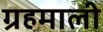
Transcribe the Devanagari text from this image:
ग्रहमाली